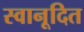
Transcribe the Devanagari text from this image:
स्वानूदित